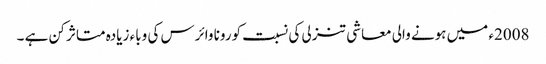
2008ء میں ہونے والی معاشی تنزلی کی نسبت کورونا وائرس کی وباء زیادہ متاثر کن ہے ۔